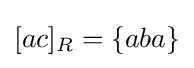
[ac]_{R}=\{aba\}